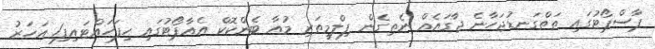
ޕާސްޕޯޓުގައި ތަތްގަނޑުޖަހާނެ ޖާގަައެއް ނެތިގެން ފިލްމީތަރި މުއާ ބެންކޮކް އެއާޕޯޓުގައި ހިފަހައްޓައިފި1 އަހަރު